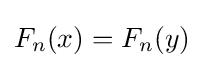
F_{n}(x)=F_{n}(y)